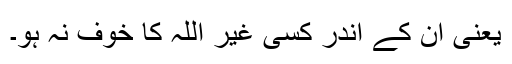
یعنی اُن کے اندر کسی غیر اللہ کا خوف نہ ہو۔